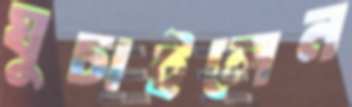
ঘুচাইলেন